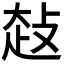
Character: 𰋤